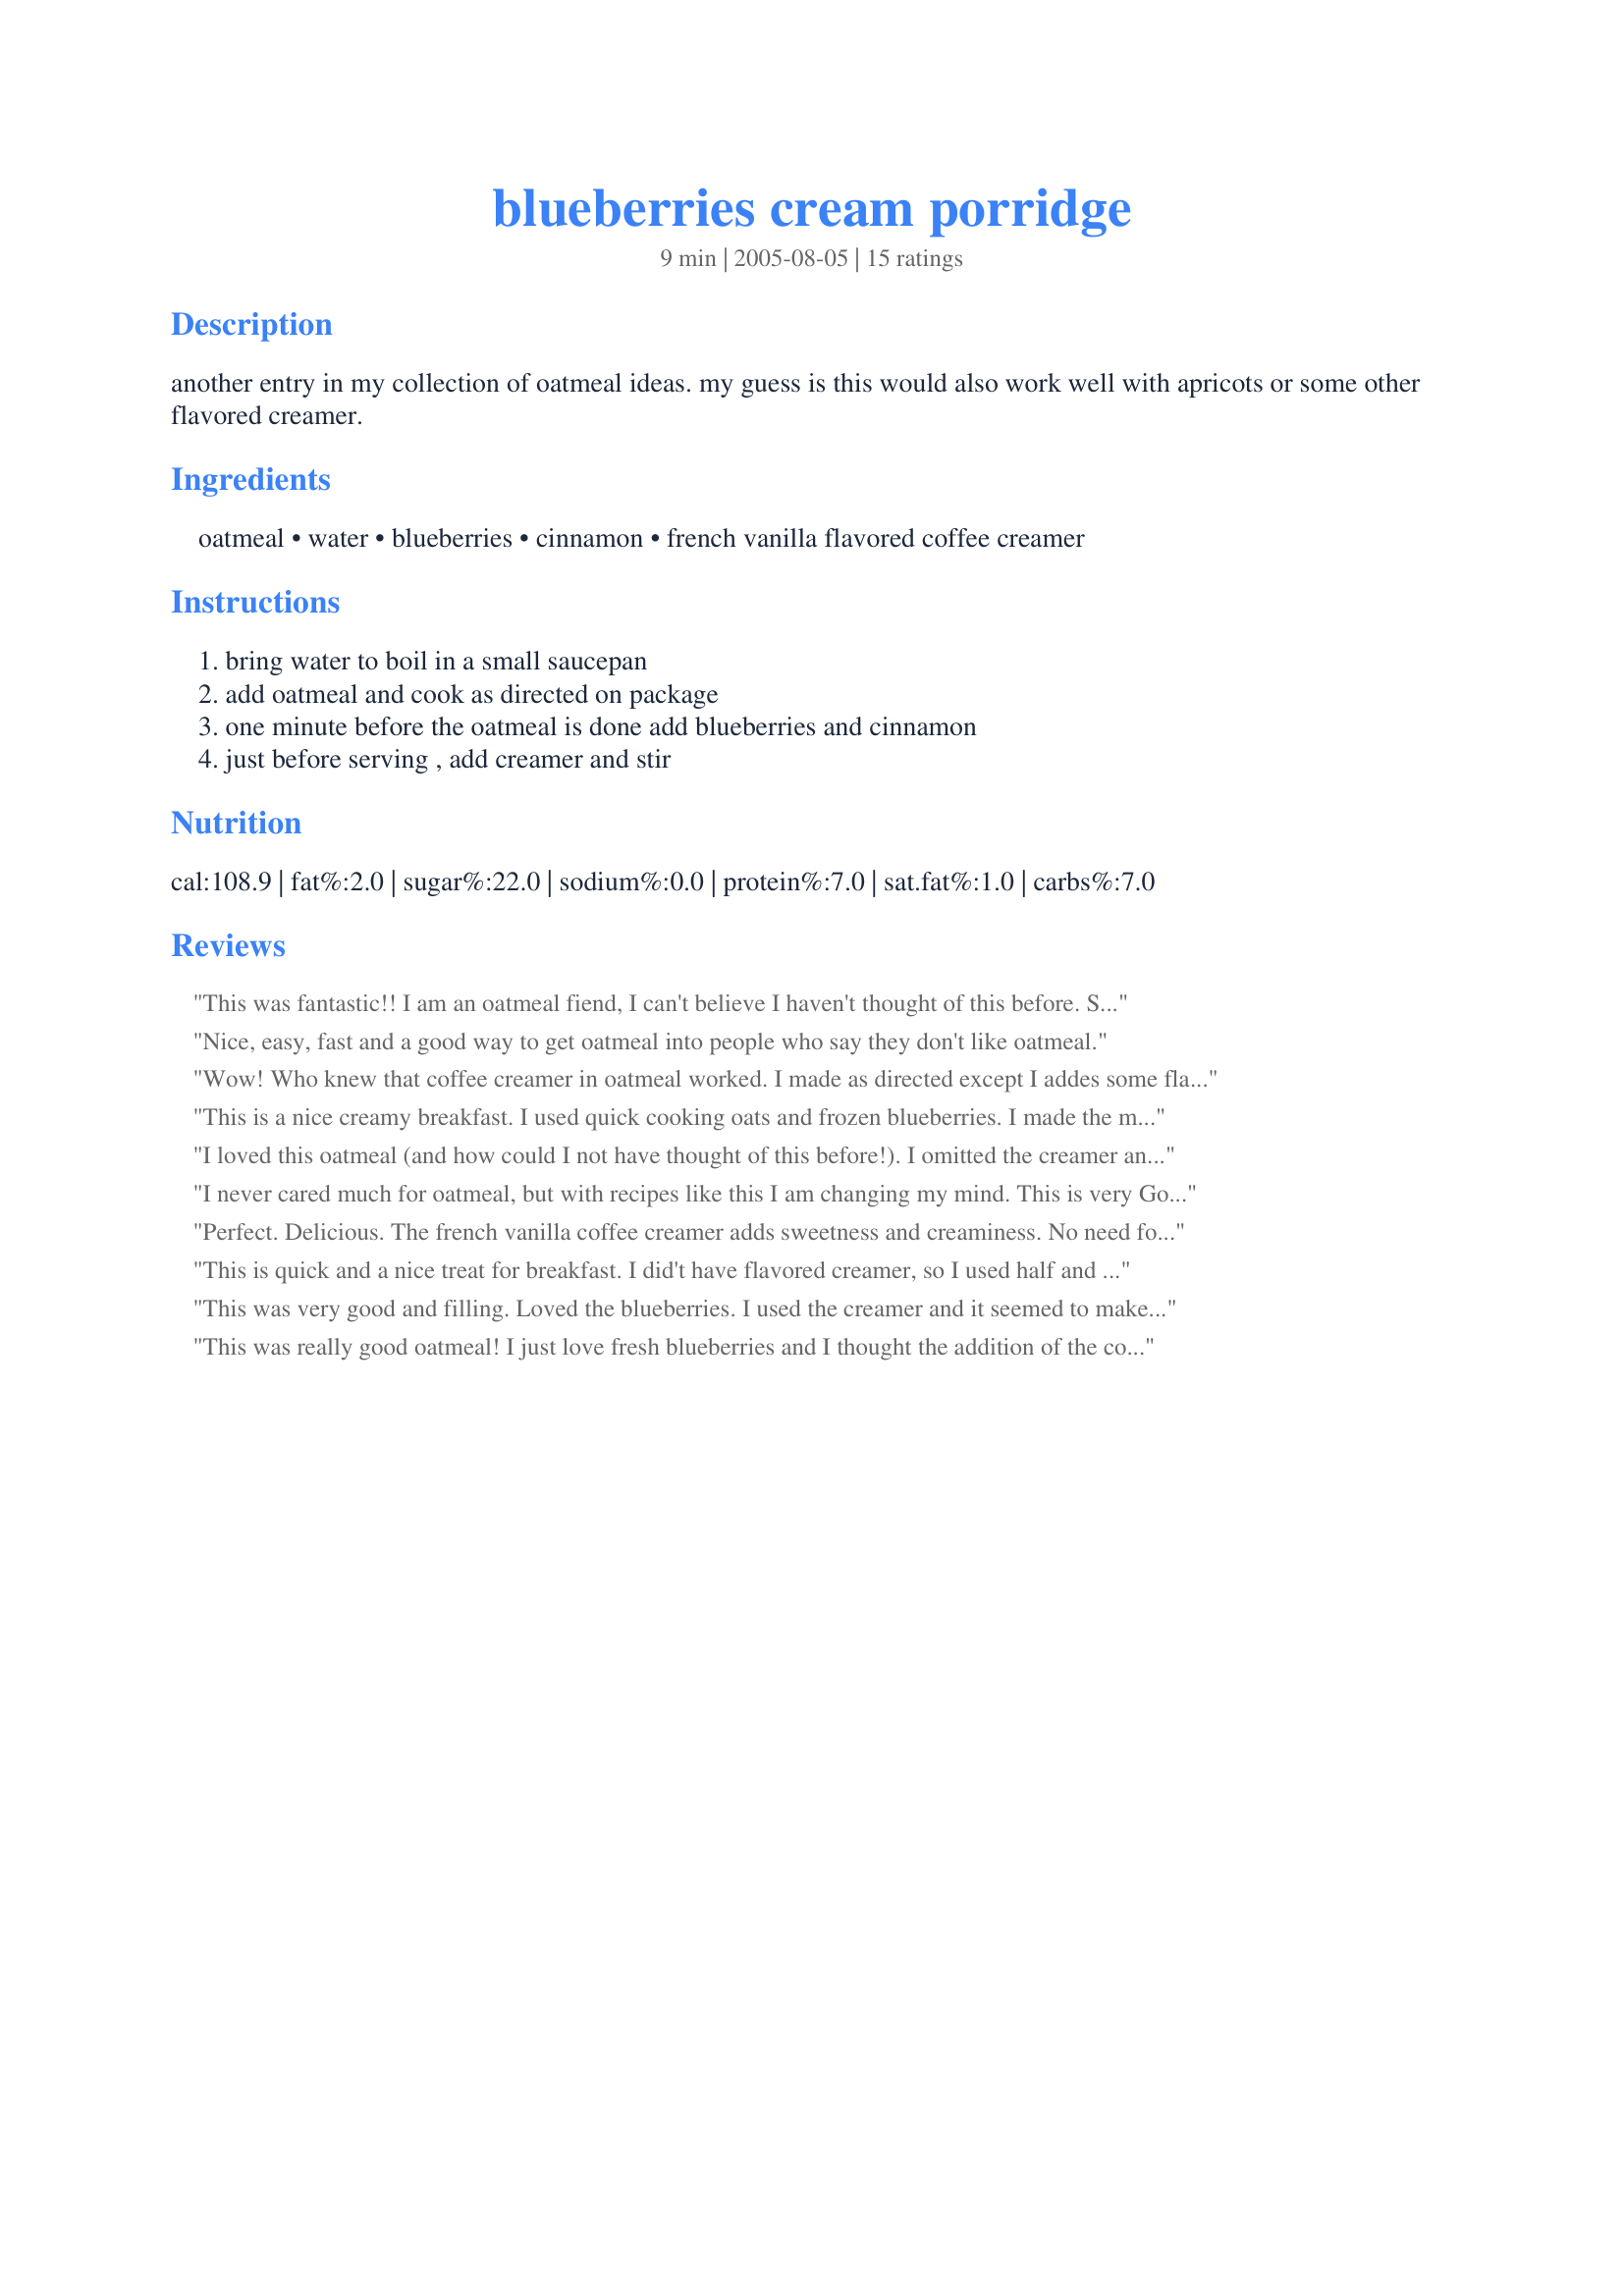
blueberries cream porridge
Preparation time: 9 minutes

another entry in my collection of oatmeal ideas. my guess is this would also work well with apricots or some other flavored creamer.

Ingredients:
oatmeal, water, blueberries, cinnamon, french vanilla flavored coffee creamer

Steps:
bring water to boil in a small saucepan, add oatmeal and cook as directed on package, one minute before the oatmeal is done add blueberries and cinnamon, just before serving , add creamer and stir

Reviews:
This was fantastic!! I am an oatmeal fiend, I can't believe I haven't thought of this before. So simple but it tastes soooo rich and good!
Nice, easy, fast and a good way to get oatmeal into people who say they don't like oatmeal.
Wow! Who knew that coffee creamer in oatmeal worked. I made as directed except I addes some flax seed to it. Very good and very healthy. Thanks!
This is a nice creamy breakfast. I used quick cooking oats and frozen blueberries. I made the mistake of cooking the oats the 1 minute prescribed on the package and then, after that minute, adding the frozen berries. This, basically, made it ice cold immediately. I would recommend that if you are planning on using frozen berries you put them in while cooking. I used soy creamer which was fine. The creaminess was nice; usually I only achieve that kind of creaminess using milk as the main liquid. I do think I'd like it to be a little bit sweeter. But I enjoyed it and plan on trying it again! Thanks toni. Your oatmeals are out of this world!
I loved this oatmeal (and how could I not have thought of this before!). I omitted the creamer and used a mixture of sugar/cinnamon to top. I added my berries when my water had boiled and cooked with the oatmeal, my result looking like Ladypit's photo. Thanks Toni, for posting.
Roxygirl
I never cared much for oatmeal, but with recipes like this I am changing my mind. This is very Good!. Thanks for a great recipe.
Perfect. Delicious. The french vanilla coffee creamer adds sweetness and creaminess. No need for additional sugar. I never think to use the flavored coffee creamer in anything but coffee and hot chocolate, but I will now. Next I want to try peaches and butter pecan coffee creamer. YUM.
This is quick and a nice treat for breakfast. I did't have flavored creamer, so I used half and half. If you use half and half, you'll need to add more cinnamon so that the nutty taste of the cinnamon balances out the sweetness of the blueberries. Had I not added the extra cinnamon, I think the contrast of the sweet blueberries and the bland oatmeal would have been too stark. Thanks for posting.
This was very good and filling. Loved the blueberries. I used the creamer and it seemed to make the oatmeal a little gooey, but we liked the flavor. Thanks
This was really good oatmeal! I just love fresh blueberries and I thought the addition of the coffee creamer was a good idea. I would maybe use half the amount of creamer next time just because I thought it made it a bit to watery, but I will be making this again for sure!
Loved it! Made a very filling breakfast for me this morning - I usually don't add milk/cream to my oatmeal so this was something a little different. I used frozen blueberries and did everything in the microwave. The cream and blueberries were a sweet addition to plain oatmeal - wouldn't change a thing!
I liked the creaminess of the porridge but it was lacking a little bit in flavour for me. I added a sprinkling of brown sugar to make it a little sweeter and a touch more cinnamon. The blueberries with the French vanilla were a nice combination. Thanks!
This is nice and creamy. I used Irish oatmeal and added the frozen berries toward the end of cooking. I added a touch of brown sugar when serving. Delicious.
this made a fab snack for me today. I love oatmeal and really enjoyed this version. I used dried blueberries sent me by a friend (can't get blueberries here in any way, shape or form) and added a dash of vanilla and cream instead of the coffee creamer. It was as good as a dessert, and entirely satisfying.
This was really good. I had to make the coffee creamer as it is not readily available here in Oz. I used recipe #191026 for that. It was lovely & sweet but not overly so & a nice creamy consistency. I used frozen berries & the only change I made was to use milk for cooking rather than water. Made for ZWT III.
